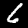
Label: 6